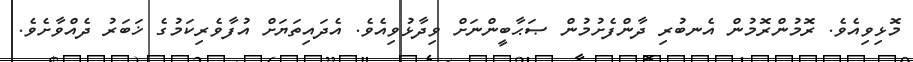
މޮޅިވިއެވެ. ރޮމުންރޮމުން އެނބުރި ދާންފެށުމުން ޞަޙާބީންނަށް ވިދާޅުވިއެވެ. އެދައިތަޔަށް އުފާވެރިކަމުގެ ޚަބަރު ދެއްވާށެވެ.